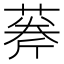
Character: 𦶘